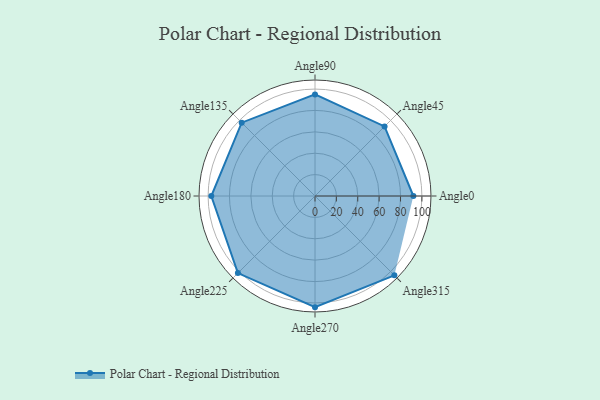
{"axis": {"x": "Angle", "y": "Radius"}, "legend": [""], "data": [{"x": "Angle0", "y": 92.0, "type": ""}, {"x": "Angle45", "y": 92.0, "type": ""}, {"x": "Angle90", "y": 95.0, "type": ""}, {"x": "Angle135", "y": 97.0, "type": ""}, {"x": "Angle180", "y": 97.0, "type": ""}, {"x": "Angle225", "y": 102.0, "type": ""}, {"x": "Angle270", "y": 104.0, "type": ""}, {"x": "Angle315", "y": 105.0, "type": ""}]}